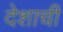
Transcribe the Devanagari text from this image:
देशाचीं